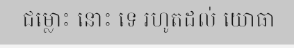
ជម្លោះ នោះ ទេ រហូតដល់ យោធា